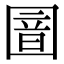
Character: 𫭏